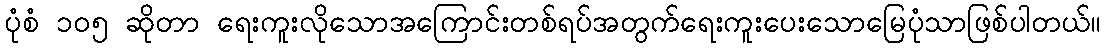
ပုံစံ ၁၀၅ ဆိုတာ ရေးကူးလိုသောအကြောင်းတစ်ရပ်အတွက်ရေးကူးပေးသောမြေပုံသာဖြစ်ပါတယ်။